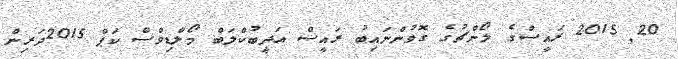
20